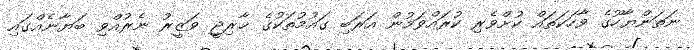
ނަތަންޔާހޫގެ ވާހަކަތައް ކުށްވެރި ކުރައްވަމުން އަރަބި ގައުމުތަކުގެ ޚާރިޖީ ވަޒީރު ނެރުއްވި ބަޔާނެއްގައި